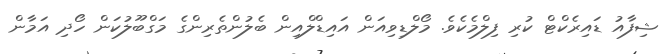
ޝިފާއު ޑައިރެކްޓް ކުރި ފިލްމެކެވެ. މޯލްޑިވިއަން އައިޑްލްއިން ބެލުންތެރިންގެ މަގްބޫލުކަން ހޯދި އަމާން